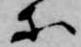
等